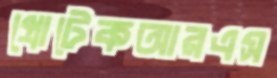
প্রোটেকআরএস